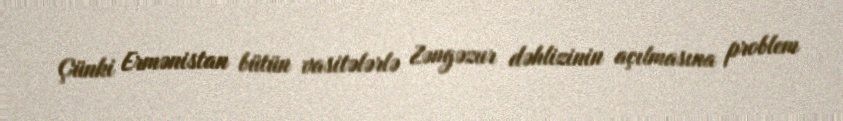
Çünki Ermənistan bütün vasitələrlə Zəngəzur dəhlizinin açılmasına problem